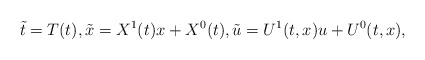
\begin{align*}\tilde t=T(t),\tilde x=X^1(t)x+X^0(t),\tilde u=U^1(t,x)u+U^0(t,x),\end{align*}